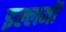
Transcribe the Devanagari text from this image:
इल्लमों